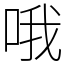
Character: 哦